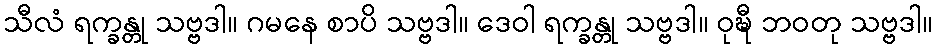
သီလံ ရက္ခန္တု သဗ္ဗဒါ။ ဂမနေ စာပိ သဗ္ဗဒါ။ ဒေဝါ ရက္ခန္တု သဗ္ဗဒါ။ ဝုဍ္ဎီ ဘဝတု သဗ္ဗဒါ။